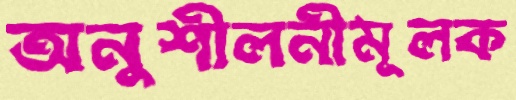
অনুশীলনীমূলক